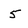
Character: 5